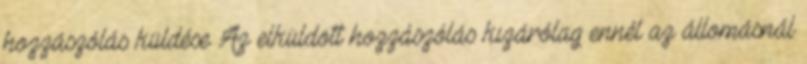
hozzászólás küldése Az elküldött hozzászólás kizárólag ennél az állomásnál